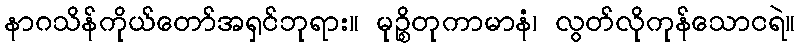
နာဂသိန်ကိုယ်တော်အရှင်ဘုရား။ မုဉ္စိတုကာမာနံ၊ လွတ်လိုကုန်သောငရဲ။